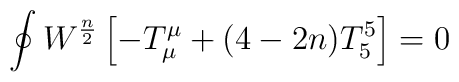
\oint W^{\frac{n}{2}} \left[ -T^{\mu}_{\mu} + (4 - 2 n) T^5_5 \right] = 0